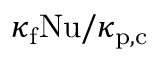
\kappa _ { \mathrm { f } } \mathrm { N u } / \kappa _ { \mathrm { p , c } }